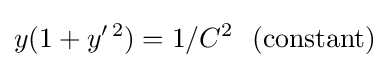
y(1+y'^{\,2})=1/C^{2}~~{\text{(constant)}}